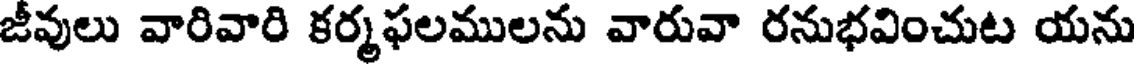
జీవులు వారివారి కర్మఫలములను వారువా రనుభవించుట యను